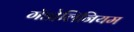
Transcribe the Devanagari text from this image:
गॅडोलिनियम